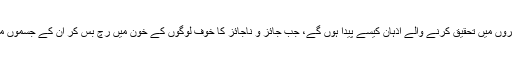
ہمارے معاشروں میں تحقیق کرنے والے اذہان کیسے پیدا ہوں گے، جب جائز و ناجائز کا خوف لوگوں کے خون میں رچ بس کر اُن کے جسموں میں دوڑتا ہو؟